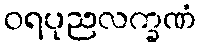
ဝရပုညလက္ခဏံ